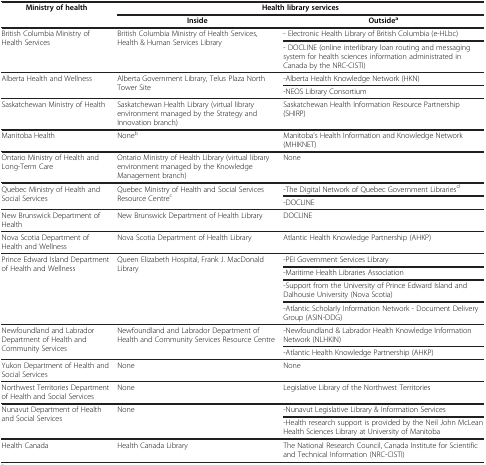
<table><thead><tr><td><b>Ministry of health</b></td><td colspan="2"><b>Health library services</b></td></tr><tr><td><b> </b></td><td><b>Inside</b></td><td><b>Outside<sup>a</sup></b></td></tr></thead><tbody><tr><td rowspan="2">British Columbia Ministry of Health Services</td><td rowspan="2">British Columbia Ministry of Health Services, Health &amp; Human Services Library</td><td>- Electronic Health Library of British Columbia (e-HLbc)</td></tr><tr><td>- DOCLINE (online interlibrary loan routing and messaging system for health sciences information administrated in Canada by the NRC-CISTI)</td></tr><tr><td rowspan="2">Alberta Health and Wellness</td><td rowspan="2">Alberta Government Library, Telus Plaza North Tower Site</td><td>-Alberta Health Knowledge Network (HKN)</td></tr><tr><td>-NEOS Library Consortium</td></tr><tr><td>Saskatchewan Ministry of Health</td><td>Saskatchewan Health Library (virtual library environment managed by the Strategy and Innovation branch)</td><td>Saskatchewan Health Information Resource Partnership (SHIRP)</td></tr><tr><td>Manitoba Health</td><td>None<sup>b</sup></td><td>Manitoba’s Health Information and Knowledge Network (MHIKNET)</td></tr><tr><td>Ontario Ministry of Health and Long-Term Care</td><td>Ontario Ministry of Health Library (virtual library environment managed by the Knowledge Management branch)</td><td>None</td></tr><tr><td rowspan="2">Quebec Ministry of Health and Social Services</td><td rowspan="2">Quebec Ministry of Health and Social Services Resource Centre<sup>c</sup></td><td>-The Digital Network of Quebec Government Libraries<sup>d</sup></td></tr><tr><td>-DOCLINE</td></tr><tr><td>New Brunswick Department of Health</td><td>New Brunswick Department of Health Library</td><td>DOCLINE</td></tr><tr><td>Nova Scotia Department of Health and Wellness</td><td>Nova Scotia Department of Health Library</td><td>Atlantic Health Knowledge Partnership (AHKP)</td></tr><tr><td rowspan="4">Prince Edward Island Department of Health and Wellness</td><td rowspan="4">Queen Elizabeth Hospital, Frank J. MacDonald Library</td><td>-PEI Government Services Library</td></tr><tr><td>-Maritime Health Libraries Association</td></tr><tr><td>-Support from the University of Prince Edward Island and Dalhousie University (Nova Scotia)</td></tr><tr><td>-Atlantic Scholarly Information Network - Document Delivery Group (ASIN-DDG)</td></tr><tr><td rowspan="2">Newfoundland and Labrador Department of Health and Community Services</td><td rowspan="2">Newfoundland and Labrador Department of Health and Community Services Resource Centre</td><td>-Newfoundland &amp; Labrador Health Knowledge Information Network (NLHKIN)</td></tr><tr><td>-Atlantic Health Knowledge Partnership (AHKP)</td></tr><tr><td>Yukon Department of Health and Social Services</td><td>None</td><td>None</td></tr><tr><td>Northwest Territories Department of Health and Social Services</td><td>None</td><td>Legislative Library of the Northwest Territories</td></tr><tr><td rowspan="2">Nunavut Department of Health and Social Services</td><td rowspan="2">None</td><td>-Nunavut Legislative Library &amp; Information Services</td></tr><tr><td>-Health research support is provided by the Neil John McLean Health Sciences Library at University of Manitoba</td></tr><tr><td>Health Canada</td><td>Health Canada Library</td><td>The National Research Council, Canada Institute for Scientific and Technical Information (NRC-CISTI)</td></tr></tbody></table>